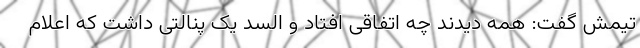
تیمش گفت: همه دیدند چه اتفاقی افتاد و السد یک پنالتی داشت که اعلام